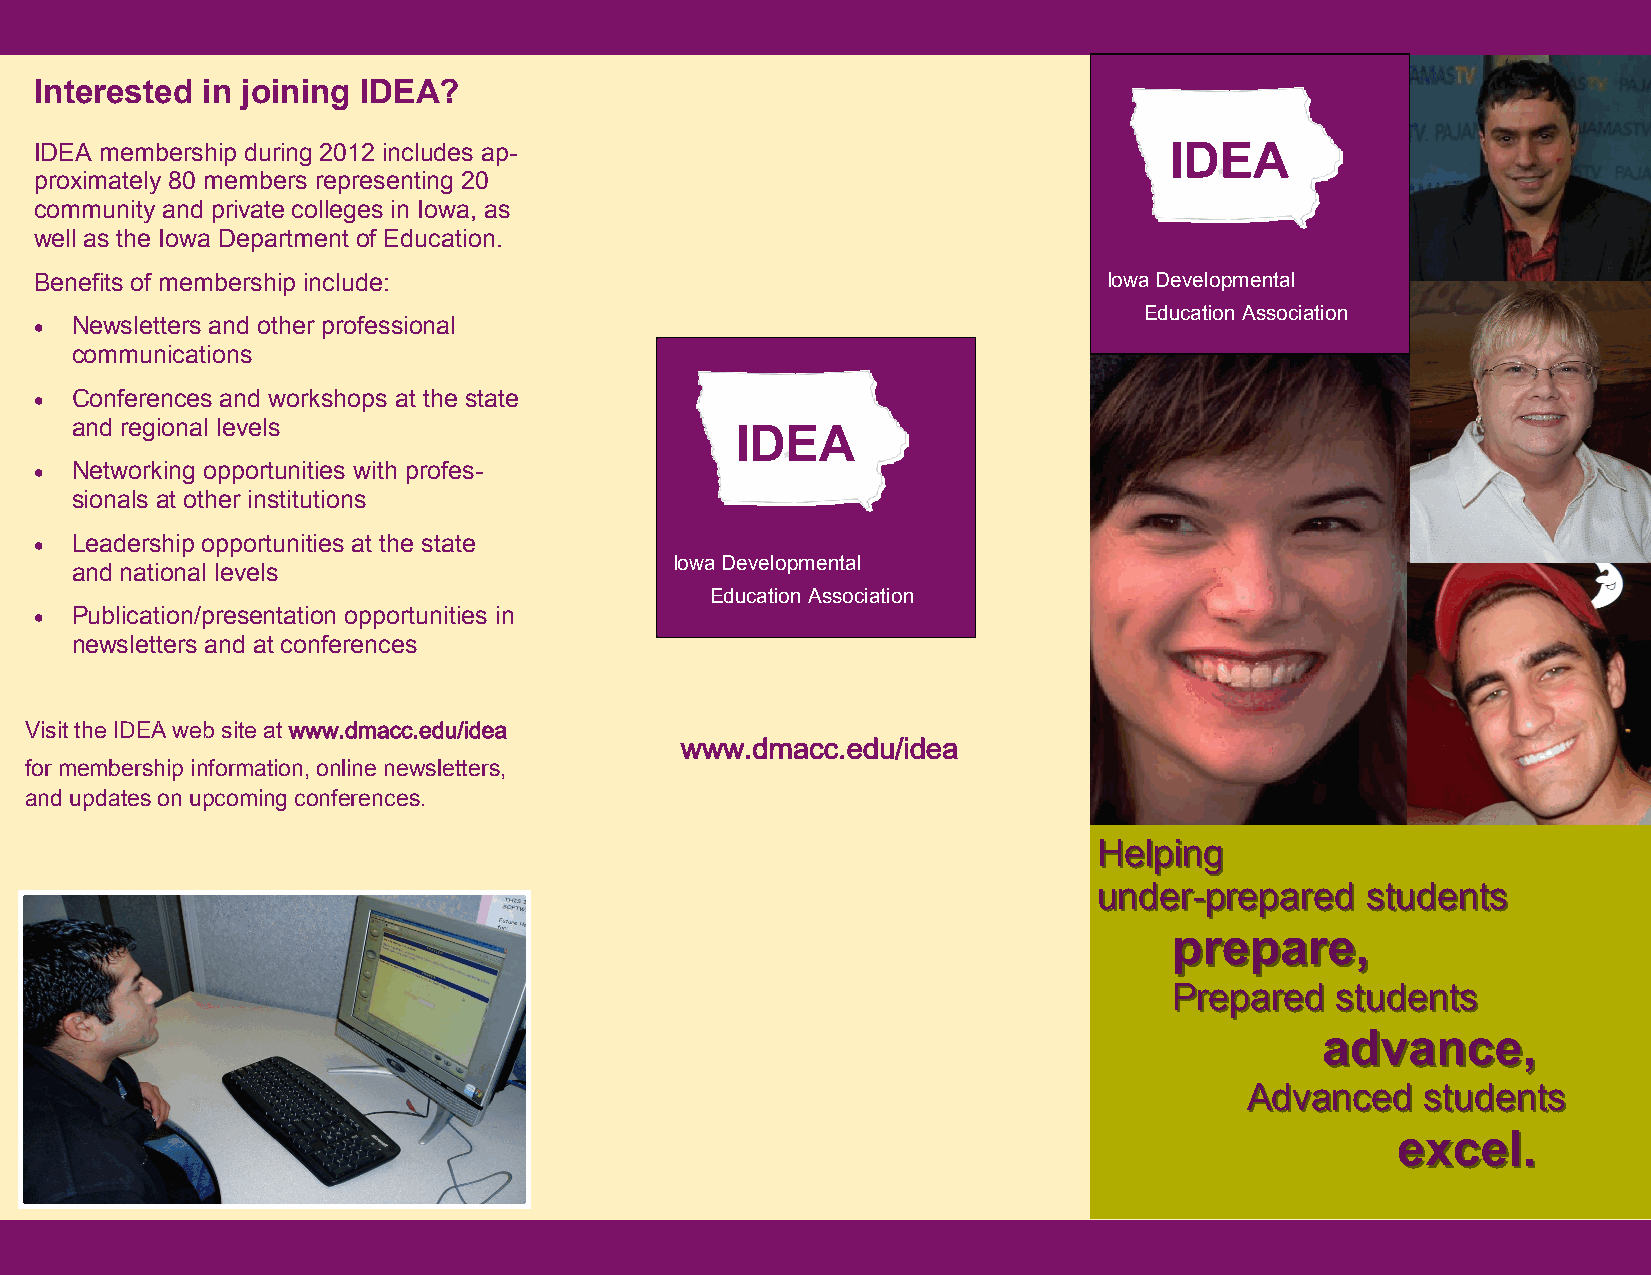
Interested in joining IDEA?
 IDEA membership during 2012 includes ap-                                   IDEA
 proximately 80 members representing 20
 community and private colleges in Iowa, as
 well as the Iowa Department of Education.
 Benefits of membership include:                                        Iowa Developmental
 Education Association
   Newsletters and other professional
 communications
   Conferences and workshops at the state
 and regional levels                         IDEA
   Networking opportunities with profes-
 sionals at other institutions
   Leadership opportunities at the state
 Iowa Developmental
 and national levels
 Education Association
   Publication/presentation opportunities in
 newsletters and at conferences
 Visit the IDEA web site at www.dmacc.edu/idea
 www.dmacc.edu/idea
 for membership information, online newsletters,
 and updates on upcoming conferences.
 HHeellppiinngg
 uunnddeerr--pprreeppaarreedd ssttuuddeennttss
 pprreeppaarree,,
 PPrreeppaarreedd ssttuuddeennttss
 aaddvvaannccee,,
 AAddvvaanncceedd ssttuuddeennttss
 eexxcceell..